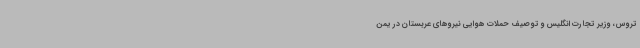
تروس، وزیر تجارت انگلیس و توصیف حملات هوایی نیروهای عربستان در یمن